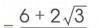
$\_6 + 2\sqrt{3}$